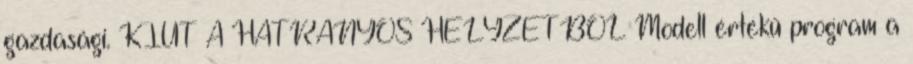
gazdasági. KIÚT A HÁTRÁNYOS HELYZETBŐL Modell értékű program a